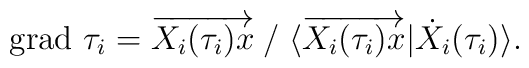
{\rm grad}\ \tau_i=\overrightarrow{X_i(\tau_i)x} \; / \;\langle \overrightarrow{X_i(\tau_i)x}|\dot{X}_i(\tau_i)\rangle .